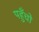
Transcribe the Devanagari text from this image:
पहुँचो